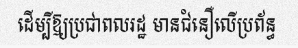
ដើម្បីឱ្យប្រជាពលរដ្ឋ មានជំនឿលើប្រព័ន្ធ